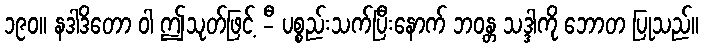
၁၉၀။ နဒါဒိတော ဝါ ဤသုတ်ဖြင့် -ီ ပစ္စည်းသက်ပြီးနောက် ဘဝန္တ သဒ္ဒါကို ဘောတ ပြုသည်။